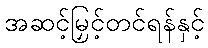
အဆင့်မြှင့်တင်ရန်နှင့်